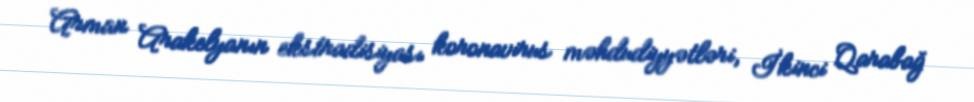
Arman Arakelyanın ekstradisiyası koronavirus məhdudiyyətləri, İkinci Qarabağ